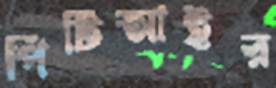
পিটিআইর